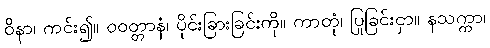
ဝိနာ၊ ကင်း၍။ ဝဝတ္တာနံ၊ ပိုင်းခြားခြင်းကို။ ကာတုံ၊ ပြုခြင်းငှာ။ နသက္ကာ၊